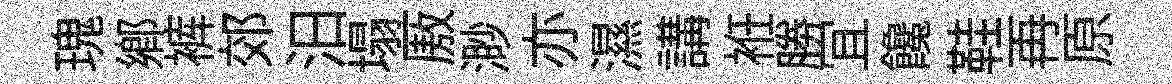
瑰鄉裤郊汨塌厫渺亦濕講袵勝冝饞鞋再原